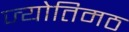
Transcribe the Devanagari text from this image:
ज्योतिमठ